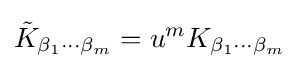
{\tilde {K}}_{\beta _{1}\cdots \beta _{m}}=u^{m}K_{\beta _{1}\cdots \beta _{m}}